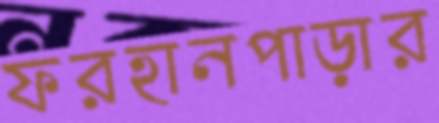
ফরহানপাড়ার